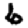
Digit: 6